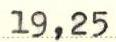
19,25